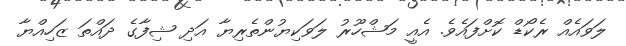
ލަވައެއް ރެކޯޑް ކޮށްފައެވެ. އެއީ މަޝްހޫރު ލަވަކިޔުންތެރިޔާ އަދި ޝިފާގެ ދައްތަ ޒަހިއްޔާ